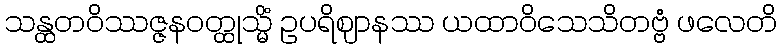
သန္ထတဝိဿဇ္ဇနဝတ္ထုသ္မိံ ဥပရိဈာနဿ ယထာဝိသေသိတဗ္ဗံ ဖလေတိ